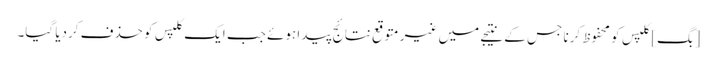
[بگ] کلپس کو محفوظ کرنا جس کے نتیجے میں غیر متوقع نتائج پیدا ہوئے جب ایک کلپس کو حذف کردیا گیا۔